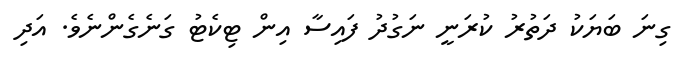
ގިނަ ބަޔަކު ދަތުރު ކުރަނީ ނަގުދު ފައިސާ އިން ޓިކެޓު ގަނެގެންނެވެ. އަދި